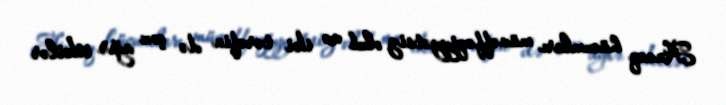
Ancaq hücumları müvəffəqiyyətsiz olub və iki tərəfin də çox ağır itkilər